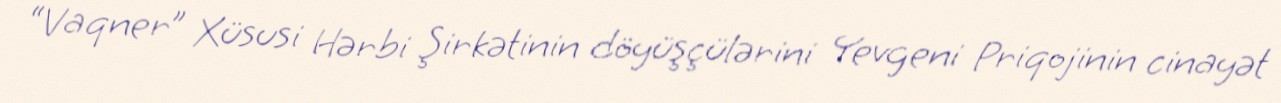
“Vaqner” Xüsusi Hərbi Şirkətinin döyüşçülərini Yevgeni Priqojinin cinayət